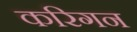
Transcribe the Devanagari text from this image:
करिगन